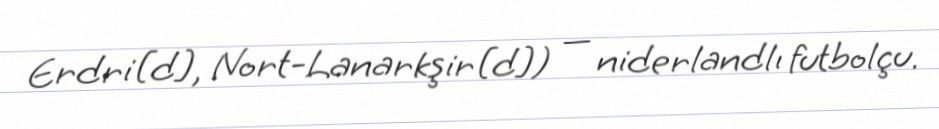
Erdri[d], Nort-Lanarkşir[d]) — niderlandlı futbolçu.